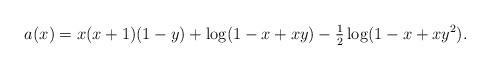
LaTeX: \begin{align*} a(x) =x(x+1)(1-y)+\log(1-x+xy)-\tfrac{1}{2}\log(1-x+xy^2).\end{align*}